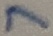
Text: 7